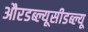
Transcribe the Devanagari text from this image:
औरडब्ल्यूसीडब्ल्यू